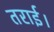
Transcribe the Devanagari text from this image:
तराई।